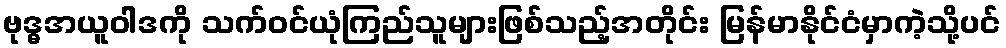
ဗုဒ္ဓအယူဝါဒကို သက်ဝင်ယုံကြည်သူများဖြစ်သည့်အတိုင်း မြန်မာနိုင်ငံမှာကဲ့သို့ပင်